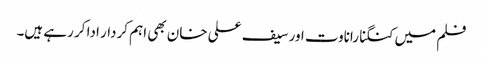
فلم میں کنگنا راناوت اور سیف علی خان بھی اہم کردار ادا کر رہے ہیں۔